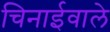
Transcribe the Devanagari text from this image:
चिनाईवाले